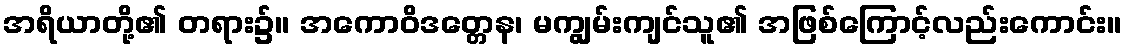
အရိယာတို့၏ တရား၌။ အကောဝိဒတ္တေန၊ မကျွမ်းကျင်သူ၏ အဖြစ်ကြောင့်လည်းကောင်း။